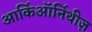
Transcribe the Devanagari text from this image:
आर्किऑर्निथीज़